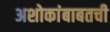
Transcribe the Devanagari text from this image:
अशोकांबाबतची